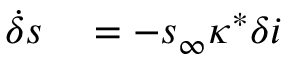
\begin{array} { r l } { \dot { \delta } s } & { { } = - s _ { \infty } \kappa ^ { * } \delta i } \end{array}